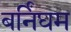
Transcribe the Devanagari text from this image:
बर्निंघम